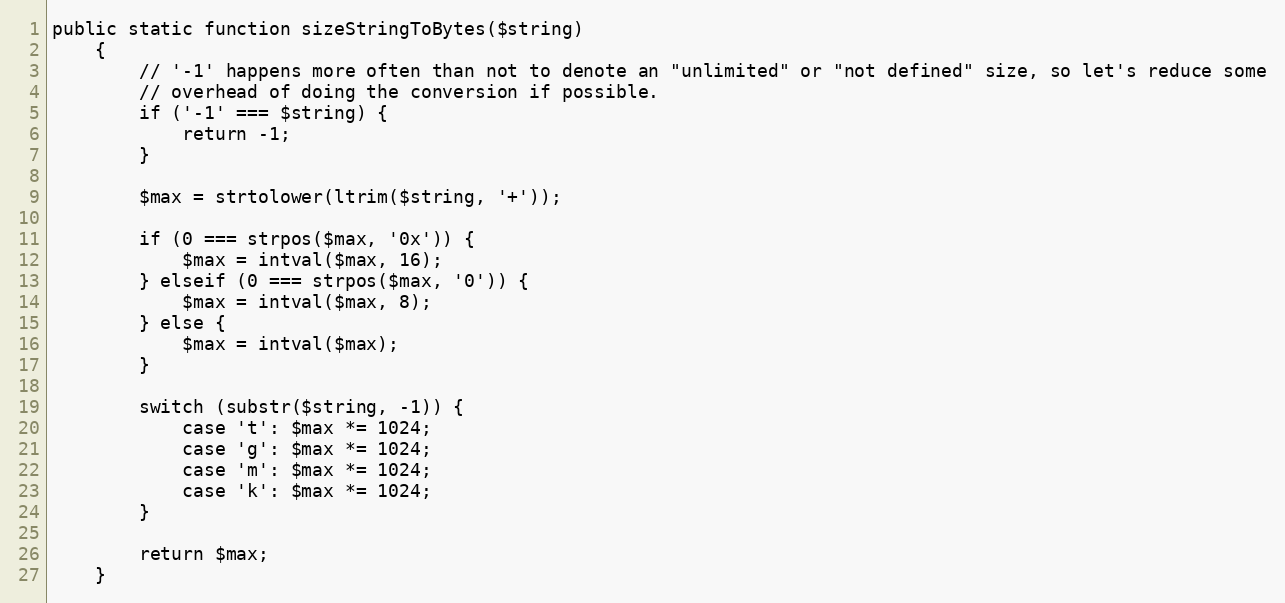
Language: PHP
public static function sizeStringToBytes($string)
    {
        // '-1' happens more often than not to denote an "unlimited" or "not defined" size, so let's reduce some
        // overhead of doing the conversion if possible.
        if ('-1' === $string) {
            return -1;
        }

        $max = strtolower(ltrim($string, '+'));

        if (0 === strpos($max, '0x')) {
            $max = intval($max, 16);
        } elseif (0 === strpos($max, '0')) {
            $max = intval($max, 8);
        } else {
            $max = intval($max);
        }

        switch (substr($string, -1)) {
            case 't': $max *= 1024;
            case 'g': $max *= 1024;
            case 'm': $max *= 1024;
            case 'k': $max *= 1024;
        }

        return $max;
    }